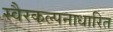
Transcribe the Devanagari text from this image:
स्वैरकल्पनाधारित